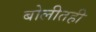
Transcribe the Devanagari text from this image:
बोलीतही